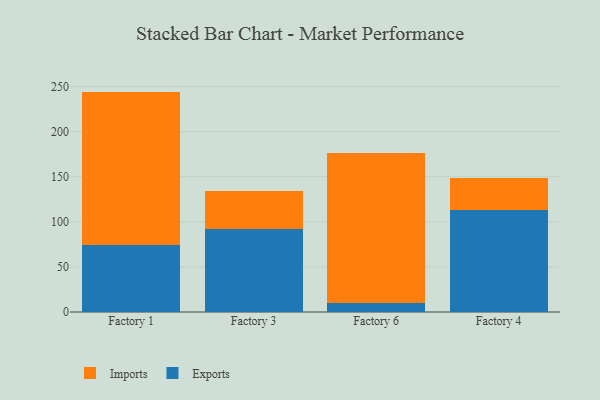
{"axis": {"x": "Factory", "y": "Active Users"}, "legend": ["Exports", "Imports"], "data": [{"x": "Factory 1", "y": 74.7, "type": "Exports"}, {"x": "Factory 1", "y": 169.7, "type": "Imports"}, {"x": "Factory 3", "y": 92.1, "type": "Exports"}, {"x": "Factory 3", "y": 42.1, "type": "Imports"}, {"x": "Factory 6", "y": 9.5, "type": "Exports"}, {"x": "Factory 6", "y": 166.4, "type": "Imports"}, {"x": "Factory 4", "y": 112.8, "type": "Exports"}, {"x": "Factory 4", "y": 35.6, "type": "Imports"}]}